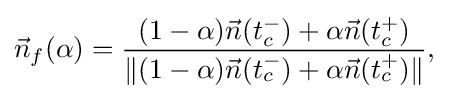
{\vec {n}}_{f}(\alpha )={\frac {(1-\alpha ){\vec {n}}(t_{c}^{-})+\alpha {\vec {n}}(t_{c}^{+})}{\lVert (1-\alpha ){\vec {n}}(t_{c}^{-})+\alpha {\vec {n}}(t_{c}^{+})\rVert }},\quad